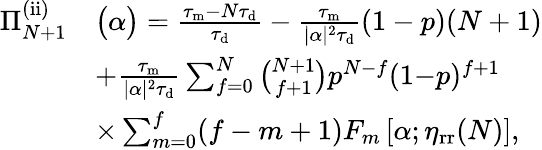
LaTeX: \begin{array}{rl}{\Pi_{N+1}^{\mathrm{(ii)}}}&{\big(\alpha\big)=\frac{\tau_{\mathrm{m}}-N\tau_{\mathrm{d}}}{\tau_{\mathrm{d}}}-\frac{\tau_{\mathrm{m}}}{|\alpha|^{2}\tau_{\mathrm{d}}}(1-p)(N+1)}\\ &{+\frac{\tau_{\mathrm{m}}}{|\alpha|^{2}\tau_{\mathrm{d}}}\sum_{f=0}^{N}\binom{N+1}{f+1}p^{N-f}(1{-}p)^{f+1}}\\ &{\times\sum_{m=0}^{f}(f-m+1)F_{m}\left[\alpha;\eta_{\mathrm{rr}}(N)\right],}\end{array}